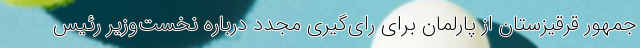
جمهور قرقیزستان از پارلمان برای رای‌گیری مجدد درباره نخست‌وزیر رئیس